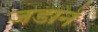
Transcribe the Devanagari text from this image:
जडाने